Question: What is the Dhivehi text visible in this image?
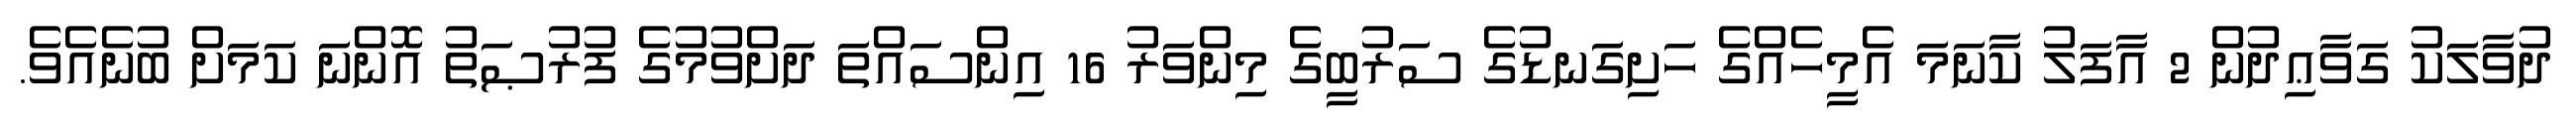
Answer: ދުވާލަކު ގަވާޢިދުން 2 އާފަލު ކާނަމަ އެމީހެއްގެ ހަށިގަނޑުގެ ސަރުބީގެ މިންވަރު 16 އިންސައްތަ ދަށްވުމުގެ ފުރުޞަތު އޮންނަ ކަމަށް ބުނެއެވެ.